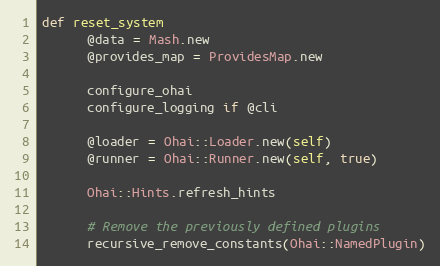
Language: Ruby
def reset_system
      @data = Mash.new
      @provides_map = ProvidesMap.new

      configure_ohai
      configure_logging if @cli

      @loader = Ohai::Loader.new(self)
      @runner = Ohai::Runner.new(self, true)

      Ohai::Hints.refresh_hints

      # Remove the previously defined plugins
      recursive_remove_constants(Ohai::NamedPlugin)